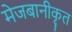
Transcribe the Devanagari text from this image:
मेजबानीकृत